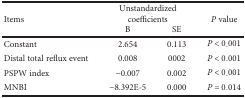
<table><thead><tr><td rowspan="2"><b>Items</b></td><td colspan="2"><b>Unstandardized coefficients</b></td><td rowspan="2"><b><i>P</i> value</b></td></tr><tr><td><b>B</b></td><td><b>SE</b></td></tr></thead><tbody><tr><td>Constant</td><td>2.654</td><td>0.113</td><td><i>P</i> &lt; 0.001</td></tr><tr><td>Distal total reflux event</td><td>0.008</td><td>0002</td><td><i>P</i> &lt; 0.001</td></tr><tr><td>PSPW index</td><td>−0.007</td><td>0.002</td><td><i>P</i> &lt; 0.001</td></tr><tr><td>MNBI</td><td>−8.392E-5</td><td>0.000</td><td><i>P</i> = 0.014</td></tr></tbody></table>